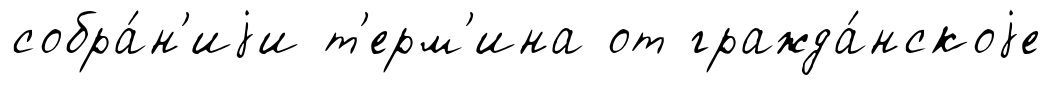
собра́н'иjи т'ерм'ина от гражда́нскоjе